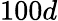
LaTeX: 100d